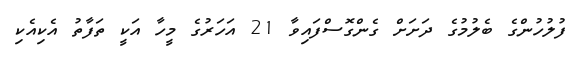
ފުލުހުންގެ ބެލުމުގެ ދަށަށް ގެންގޮސްފައިވާ 21 އަހަރުގެ މީހާ އަކީ ތަފާތު އެކިއެކި